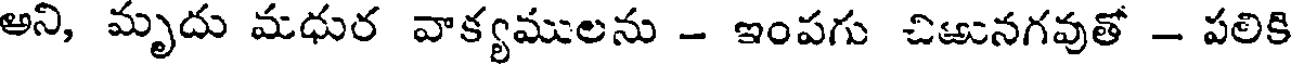
అని, మృదు మధుర వాక్యములను - ఇంపగు చిఱునగవుతో - పలికి